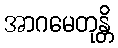
အာဂမေတုန္တိ